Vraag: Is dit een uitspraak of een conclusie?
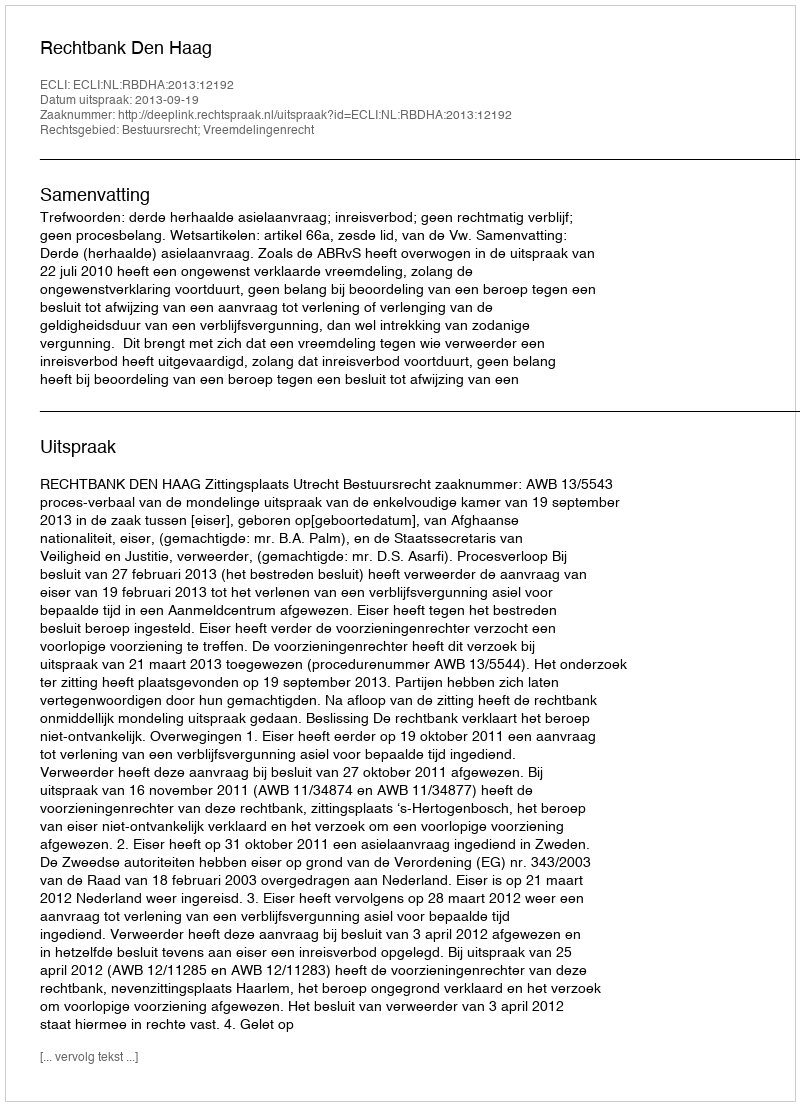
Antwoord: Uitspraak